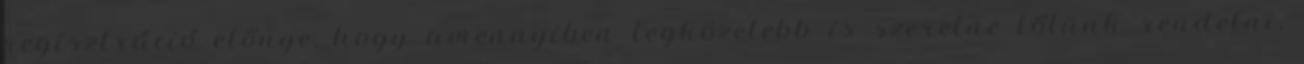
regisztráció előnye, hogy amennyiben legközelebb is szeretne tőlünk rendelni,